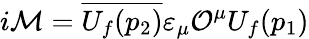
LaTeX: i{\cal M}=\overline{{{U_{f}(p_{2})}}}\varepsilon_{\mu}{\cal O}^{\mu}U_{f}(p_{1})